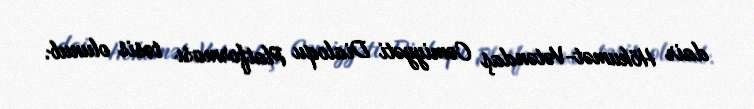
dair Hökumət-Vətəndaş Cəmiyyəti Dialoqu Platforması təsis olunub.